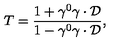
T = { \frac { 1 + \gamma ^ { 0 } \mathrm { \boldmath { \gamma } } \cdot { \cal D } } { 1 - \gamma ^ { 0 } \mathrm { \boldmath { \gamma } } \cdot { \cal D } } } ,